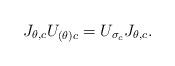
LaTeX: \begin{align*}J_{\theta,c}U_{(\theta)c}=U_{\sigma_c} J_{\theta,c}. \end{align*}